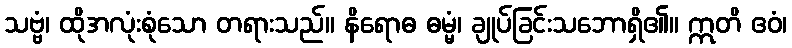
သဗ္ဗံ၊ ထိုအလုံးစုံသော တရားသည်။ နိရောဓ ဓမ္မံ၊ ချုပ်ခြင်းသဘောရှိ၏။ ဣတိ ဧဝံ၊